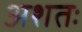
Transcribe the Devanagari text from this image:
अशतः